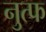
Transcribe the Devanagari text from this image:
नुत्फ